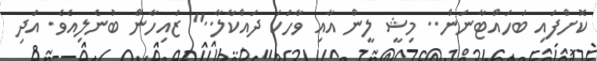
ކޮށްފައި ބަހައްޓާނަން.. މިޝީ ލީން އާއި ވާހަކަ ދައްކާލާ.." ޒައިހާން ބުނެލިއެވެ. އަދި